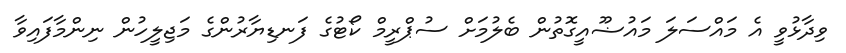
ވިދާޅުވީ އެ މައްސަލަ މައުޟޫއީގޮތުން ބެލުމަށް ސުޕްރީމް ކޯޓުގެ ފަނޑިޔާރުންގެ މަޖިލީހުން ނިންމާފައިވާ